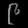
Digit: ၉